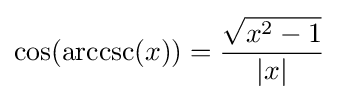
\cos(\operatorname {arccsc} (x))={\frac {\sqrt {x^{2}-1}}{|x|}}